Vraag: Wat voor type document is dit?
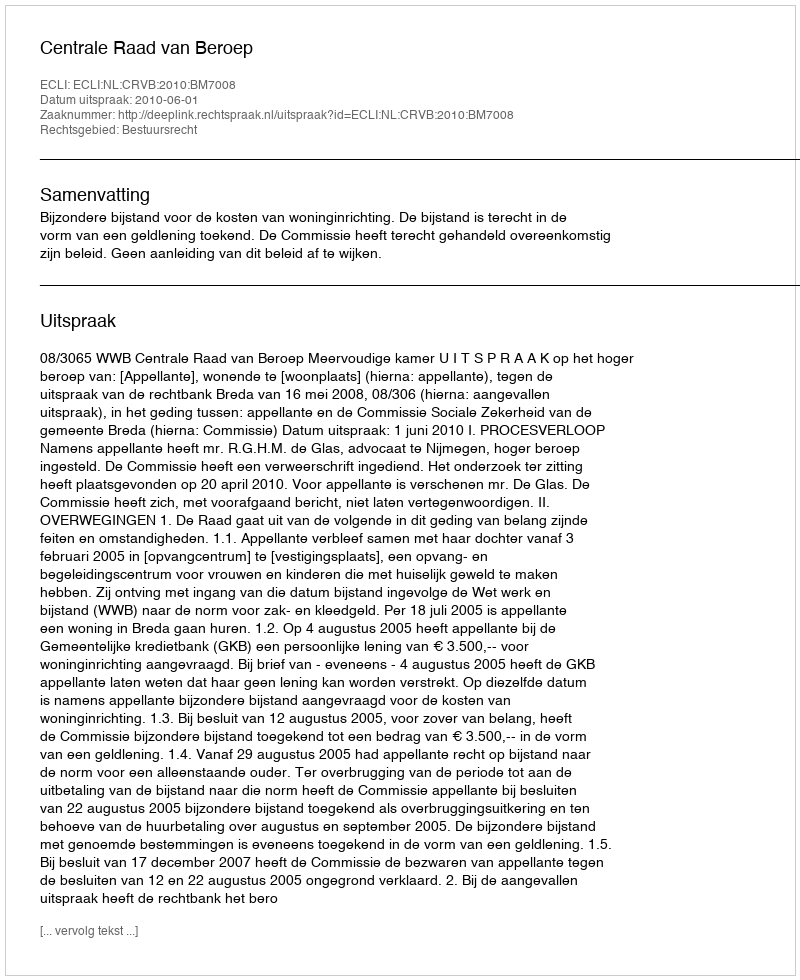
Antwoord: Uitspraak